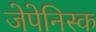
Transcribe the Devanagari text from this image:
जेपेनिस्क